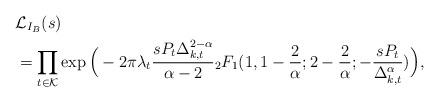
LaTeX: \begin{align*}&\mathcal{L}_{I_B}(s) \\&= \prod_{t \in \mathcal{K}} \exp\Big( -2 \pi \lambda_t \frac{s P_t \Delta_{k, t}^{2 - \alpha}}{\alpha - 2} {}_2F_1(1, 1-\frac{2}{\alpha}; 2 - \frac{2}{\alpha}; -\frac{s P_t}{\Delta_{k, t}^{\alpha}})\Big),\end{align*}